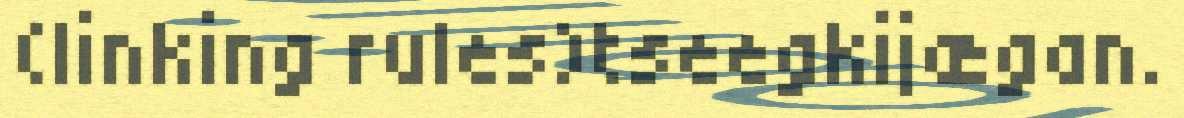
(linking rules)tseegkijægan.